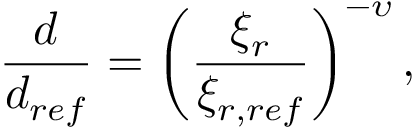
\frac { d } { d _ { r e f } } = \left( { \frac { \xi _ { r } } { \xi _ { r , r e f } } } \right) ^ { - \upsilon } ,